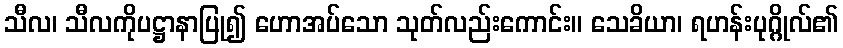
သီလ၊ သီလကိုပဋ္ဌာနာပြု၍ ဟောအပ်သော သုတ်လည်းကောင်း။ သေခိယာ၊ ရဟန်းပုဂ္ဂိုလ်၏